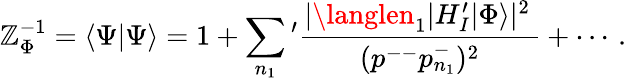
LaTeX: \mathbb{Z}_{\Phi}^{-1}=\langle\Psi|\Psi\rangle=1+\sum_{n_{1}}{'}\frac{{|\langlen_{1}|H_{I}^{\prime}|\Phi\rangle|^{2}\, }}{{\, (p^{--}p_{n_{1}}^{-})^{2}\, }}+\cdots\, .